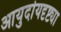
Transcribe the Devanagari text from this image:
आयुर्दायदृष्ट्या